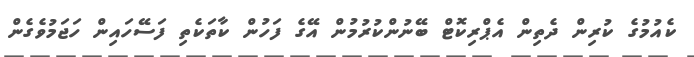
ކެއުމުގެ ކުރިން ދެތިން އެޕްރިކޮޓް ބޭނުންކުރުމުން އޭގެ ފަހުން ކާތަކެތި ފަސޭހައިން ހަޖަމުވެގެން